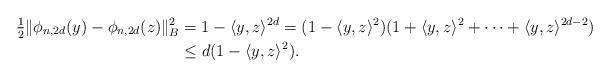
LaTeX: \begin{align*} \tfrac{1}{2}\|\phi_{n,2d}(y)- \phi_{n,2d}(z)\|^2_B &= 1-\langle y,z\rangle^{2d} = (1-\langle y,z\rangle^2)(1+\langle y,z\rangle^2 + \cdots + \langle y,z\rangle^{2d-2})\\ &\leq d(1-\langle y,z\rangle^2).\end{align*}